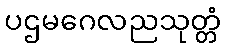
ပဌမဂေလညသုတ္တံ